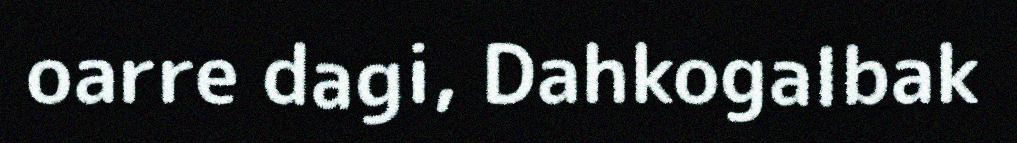
oarre dagi, Dahkogalbak